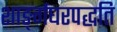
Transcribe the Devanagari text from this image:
शाङ्‌र्गघरपद्धति